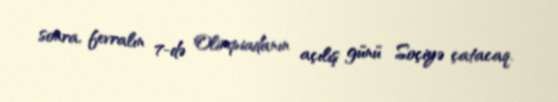
sonra, fevralın 7-də Olimpiadanın açılış günü Soçiyə çatacaq.